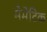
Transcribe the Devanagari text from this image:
मेमेटिक